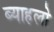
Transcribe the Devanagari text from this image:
ब्याहलो